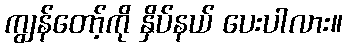
ကျွန်တော့်ကို နှိပ်နယ် ပေးပါလား။